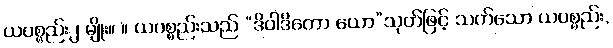
ယပစ္စည်း၂ မျိုး။ ။ ယပစ္စည်းသည် “ဒိဝါဒိတော ယော”သုတ်ဖြင့် သက်သော ယပစ္စည်း,